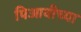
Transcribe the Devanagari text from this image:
पिआवीच्या